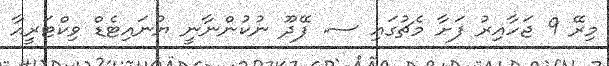
މިރޭ 9 ޖަހާއިރު ފަށާ މެޗުގައި ސ. ފޭދޫ ނުކުންނާނީ ޔުނައިޓެޑް ވިކްޓަރީއާ